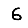
Digit: 6